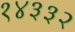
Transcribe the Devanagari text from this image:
१४३३२